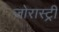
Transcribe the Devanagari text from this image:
जोरास्ट्री